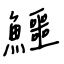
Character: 鱷